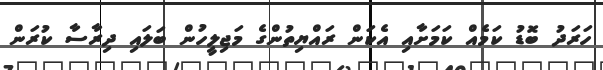
ހަރަދު ބޮޑު ކަމެއް ކަމަށާއި އެކަން ރައްޔިތުންގެ މަޖިލީހުން ބަލައި ދިރާސާ ކުރަން